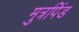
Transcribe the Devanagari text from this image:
मुत्रपिंड